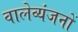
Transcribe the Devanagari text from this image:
वालेव्यंजनों